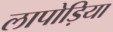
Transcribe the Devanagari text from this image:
लापोड़िया